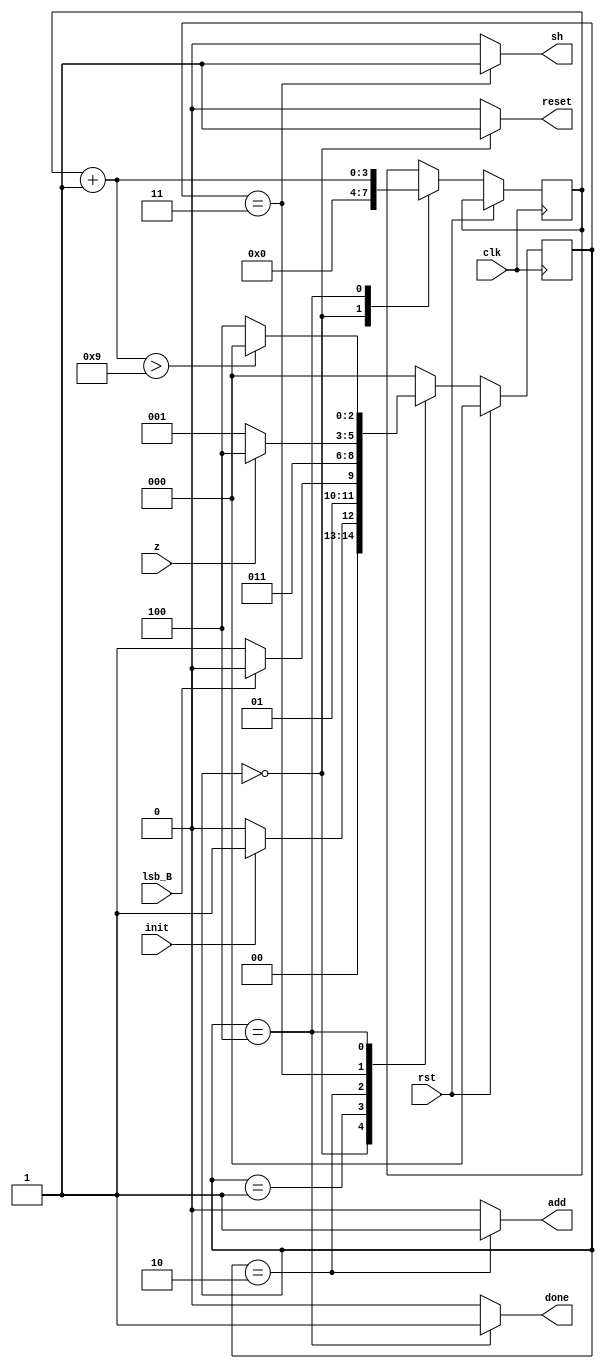
module control_mult( clk , rst , lsb_B , init , z , done , sh , reset , add );


 input clk;
 input rst;
 input lsb_B;
 input init; 
 input z;

 output reg done;
 output reg sh;
 output reg reset;
 output reg add;


 parameter START  = 3'b000;
 parameter CHECK  = 3'b001;
 parameter SHIFT  = 3'b010;
 parameter ADD  = 3'b011;
 parameter END  = 3'b100;
 
 reg [2:0] state;
 
 initial begin
  done = 0;
  sh = 0;
  reset = 0;
  add = 0;
  state = 0;
 end

reg [3:0] count;

always @(posedge clk) begin
    if (rst) begin
      state = START;
    end else begin
    case(state)

     START:begin
	count=0;
        if(init)
          state = CHECK;
        else
          state = START;
     end

     CHECK:
      if(lsb_B)
        state = SHIFT;
      else
        state = ADD;
        
     SHIFT: state = ADD;
     
     ADD: 
      if(z)
        state = END;
      else
        state = CHECK;

     END:begin
	count = count + 1;
	state = (count>9) ? START : END ; // hace falta de 10 ciclos de reloj, para que lea el done y luego cargue el resultado
     end

     default: state = START;
     
   endcase
   end
 end


always @(state) begin
  case(state)
    START:begin
        done = 0;
        sh = 0;
        reset = 1;
        add = 0;
       end
     CHECK:begin
        done = 0;
        sh = 0;
        reset = 0;
        add = 0;
       end
     SHIFT:begin
        done = 0;
        sh = 0;
        reset = 0;
        add = 1;
       end
     ADD:begin
        done = 0;
        sh = 1;
        reset = 0;
        add = 0;
       end
     END:begin
        done = 1;
        sh = 0;
        reset = 0;
        add = 0;
       end
     default:begin
        done = 0;
        sh = 0;
        reset = 0;
        add = 0;
       end
  endcase
end

endmodule